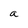
Character: a